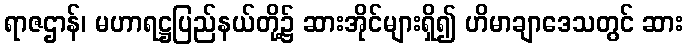
ရာဇဌာန်၊ မဟာရဋ္ဌပြည်နယ်တို့၌ ဆားအိုင်များရှိ၍ ဟိမာချာဒေသတွင် ဆား